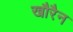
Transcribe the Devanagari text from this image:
खौरैन